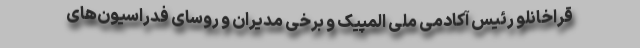
قراخانلو رئیس آکادمی ملی المپیک و برخی مدیران و روسای فدراسیون‌های